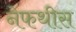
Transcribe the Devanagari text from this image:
नेफथीस